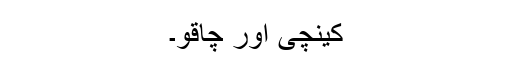
کینچی اور چاقو۔